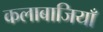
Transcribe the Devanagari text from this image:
कलाबाजियाँ